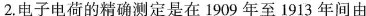
2.电子电荷的精确测定是在1909年至1913年间由